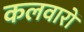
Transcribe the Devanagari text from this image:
कलवारों